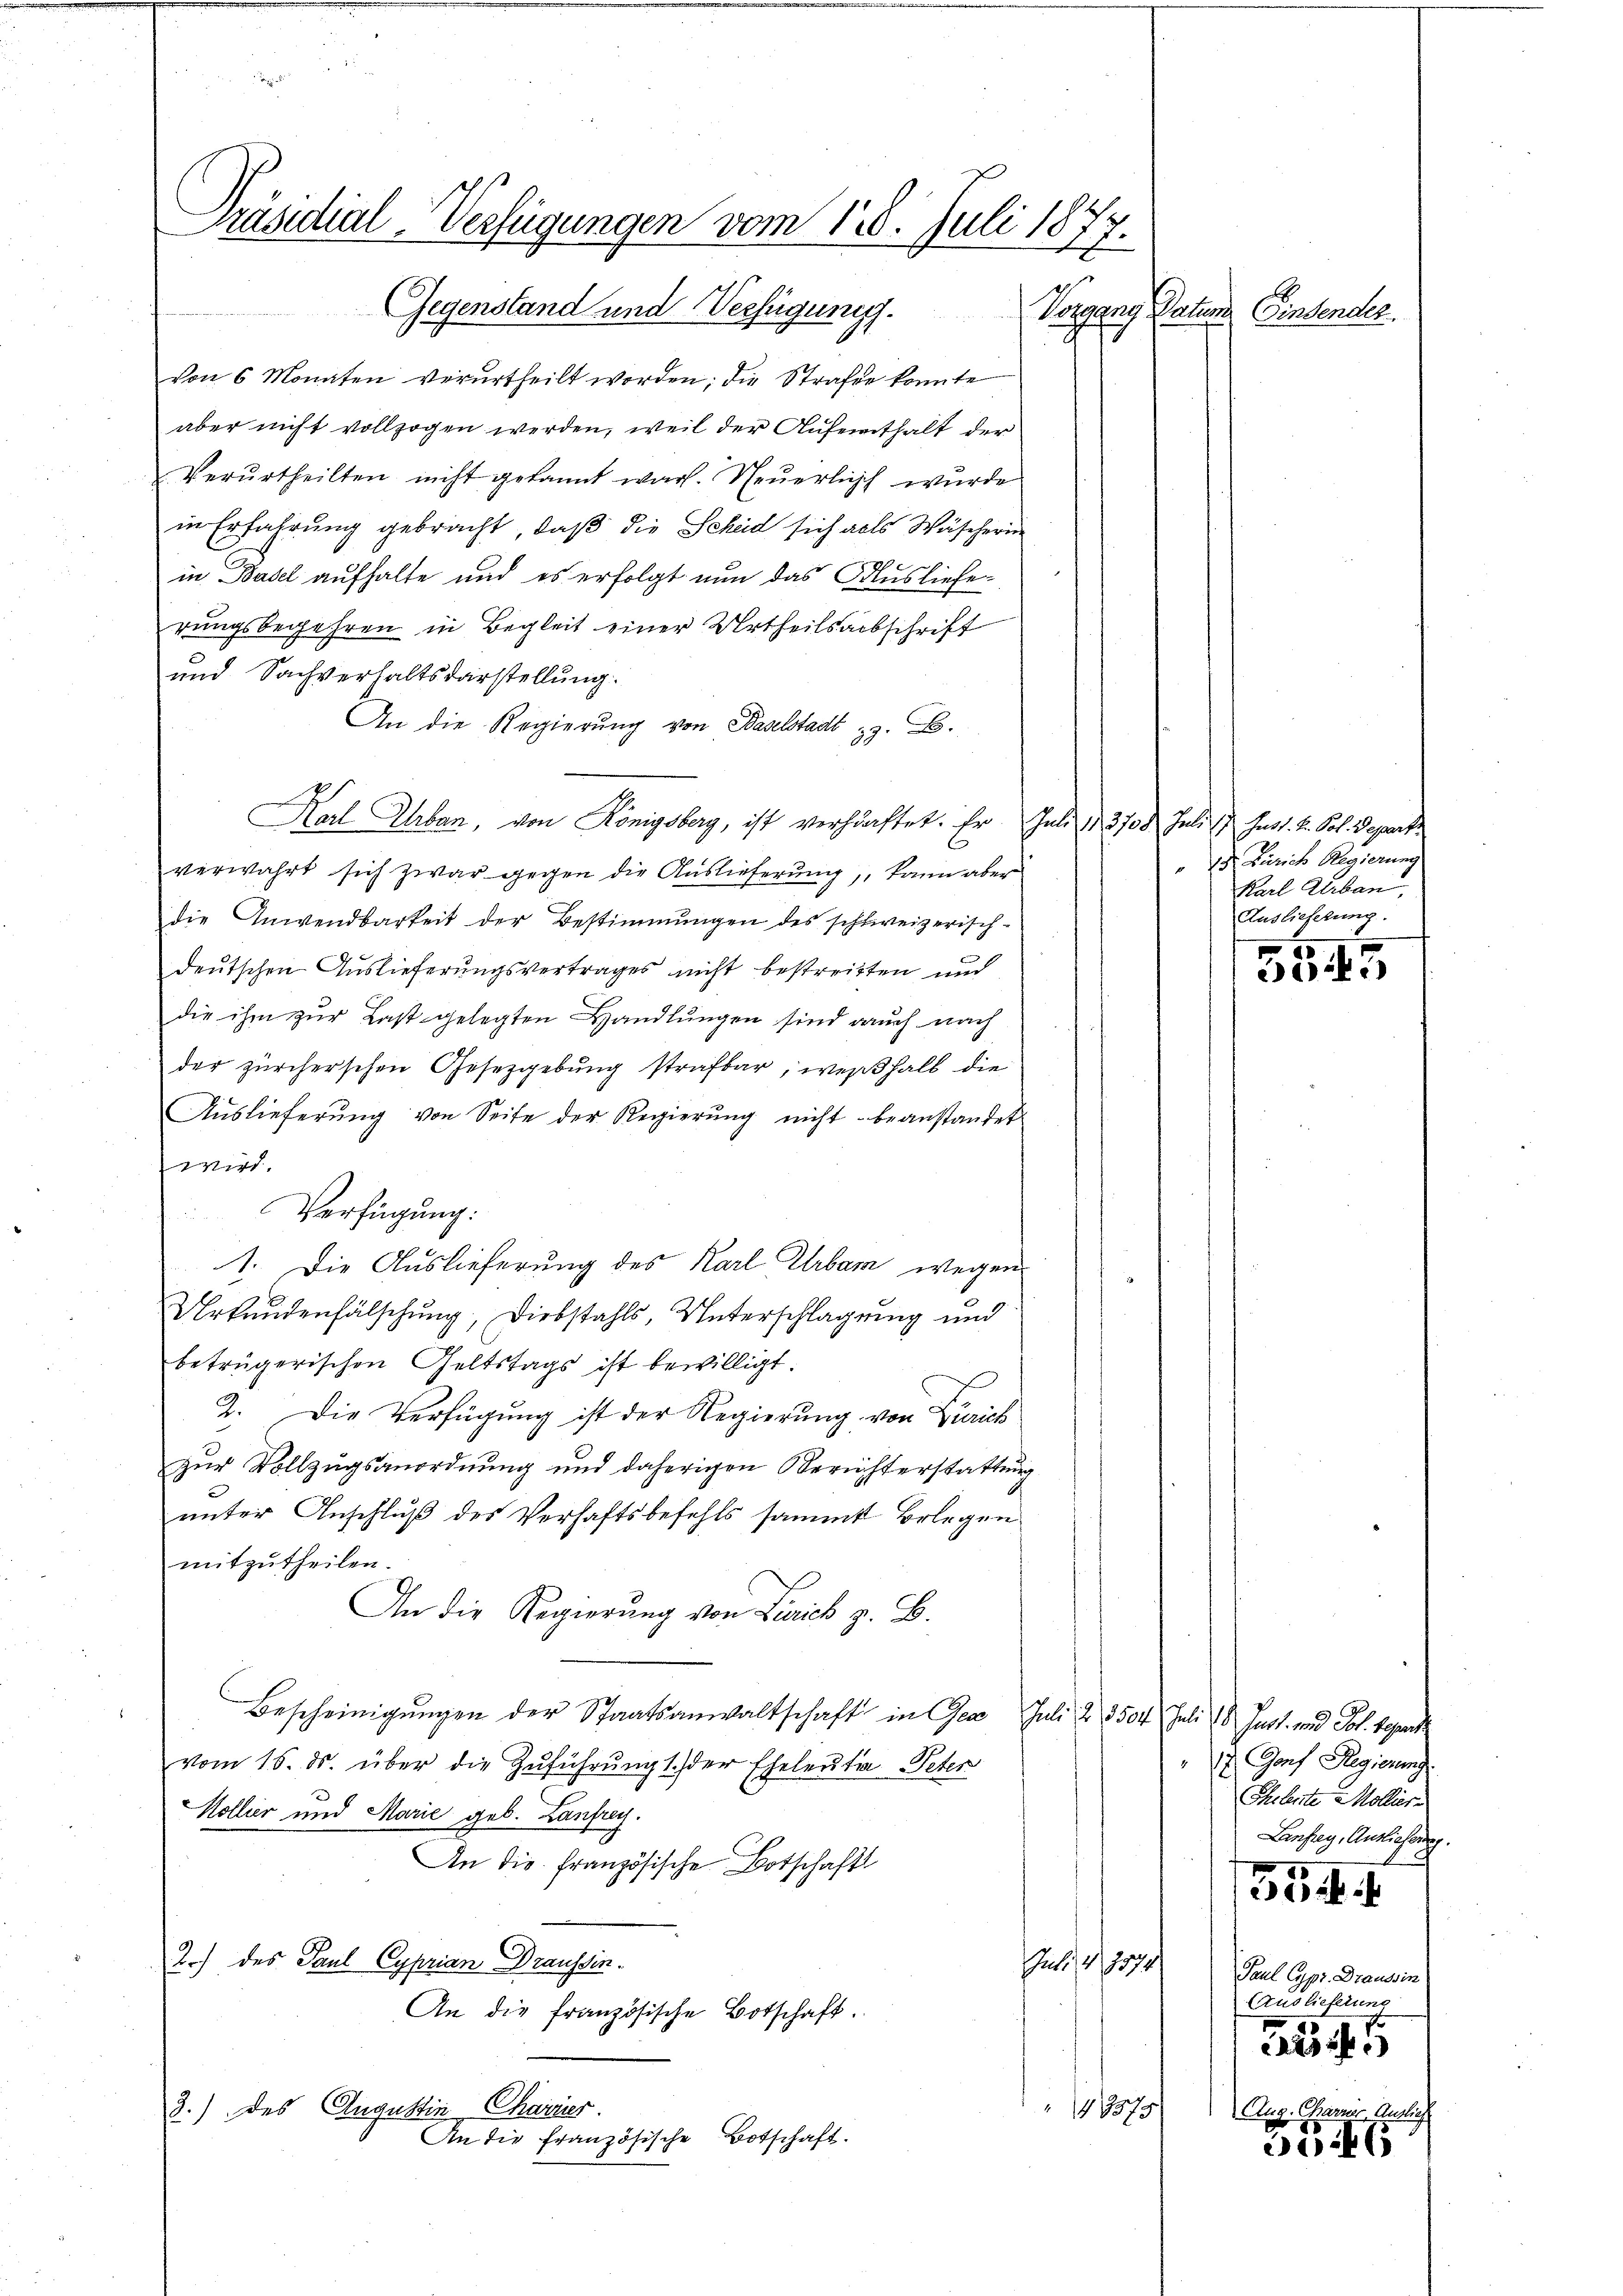
Präsidial-Verfügungen vom 18. Juli 1877.
Gegenstand und Verfügung. Vorgang Datum

von 6 Monaten verurtheilt worden; die Strafen konnte
aber nicht vollzogen werden, weil der Aufenthalt der
Verurtheilten nicht gekannt war. Steŭerlich wurde
in Erfahrung gebracht, daß die Scheid sich als Wäscherin
179
in Basel aufhalte und es erfolgt nun das Auslieferungsbegehren in Begleit einer Urtheilsabschrift
und Sachverhaltsdarstellung.
An die Regierung von Baselstadt z. B.
Karl Urban, von Königsberg, ist verhaftet. Er Juli 13700 Juli 17 Just. V. Pol. Depart
verwahrt sich zwar gegen die Auslieferung, kann aber
die Anwendbarkeit der Bestimmungen des schweizerischdeutschen Auslieferungsvertrages nicht bestreitten und
die ihm zur Last gelegten Handlungen sind rauch nach
der zürcherschen Gesetzgebung strafbar, weßhalb die
Auslieferung von Seite der Regierung nicht beanstandet
wird.
Verfügung:
1. Die Auslieferung des Karl Urbar wegen
Urkundenfälschung, Diebstahls, Unterschlagung und
betrügerischen Geltstags ist bewilligt.
2. Die Verfügung ist der Regierung von Zürich
zur Vollzugsanordnung und daherigen Berichterstattung
unter Anschluß des Verhaftsbefehls sammt Belegen
mitzutheilen.
An die Regierŭng von Zürich z. B.
Bescheinigŭngen der Staatsanwaltschaft in Oea Juli 2. 3504 Juli 18. Just. und Joh. Hegnet
vom 15. ds. über die Zuführung 1. der Eheleuten Peter
12
Mollier und Marie geb. Lanfrey.
An die französische Botschaftl
2.) des Paul Cyprian Draussin.
eb. 17570/
An die französische Botschaft.
3.) des Augustin Charis.
An die französische Botschaft.

Einsender.

5545

Gonf Regierung
Thalente Mollier-
Lenfrey, Auslieferg.
Paul Gypr. Draussin
Auslieferung
9
225 f

53. I

" 18. Zürich Regierung
Karl Lerban,
Auslieferung.

49575 Aug. Charrer Auslief
5316